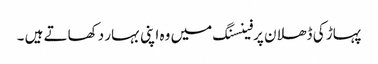
پہاڑ کی ڈھلان پرفینسنگ میں وہ اپنی بہار دکھاتے ہیں ۔